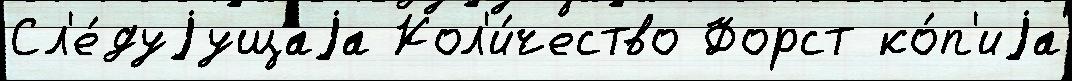
Сл'е́дуjущаjа Кол'и́чество Форст ко́п'иjа